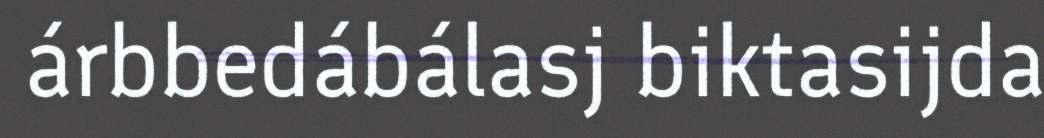
árbbedábálasj biktasijda